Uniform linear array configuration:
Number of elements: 32
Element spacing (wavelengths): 0.5
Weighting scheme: hann
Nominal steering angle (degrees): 0
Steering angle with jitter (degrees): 0.8765
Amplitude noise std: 0.05
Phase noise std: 0.05

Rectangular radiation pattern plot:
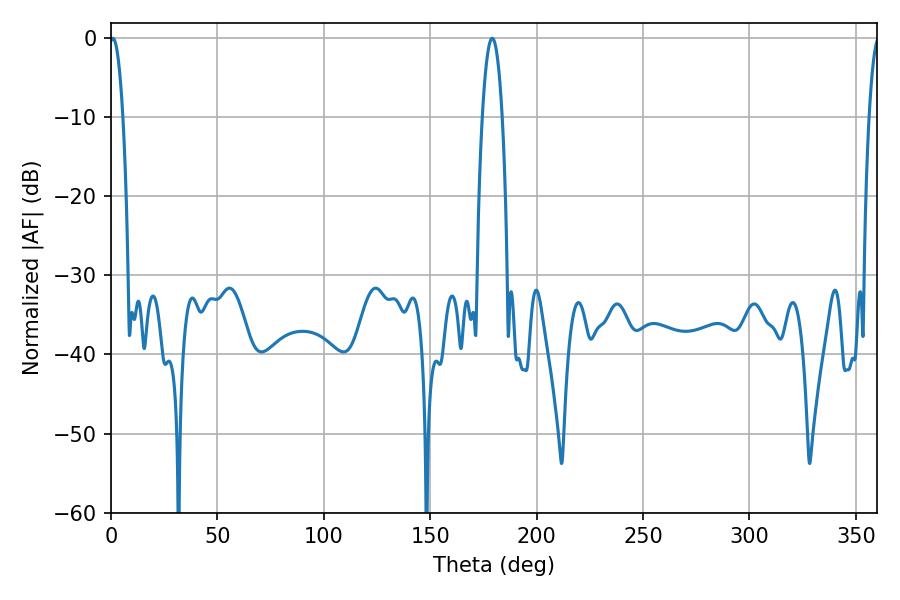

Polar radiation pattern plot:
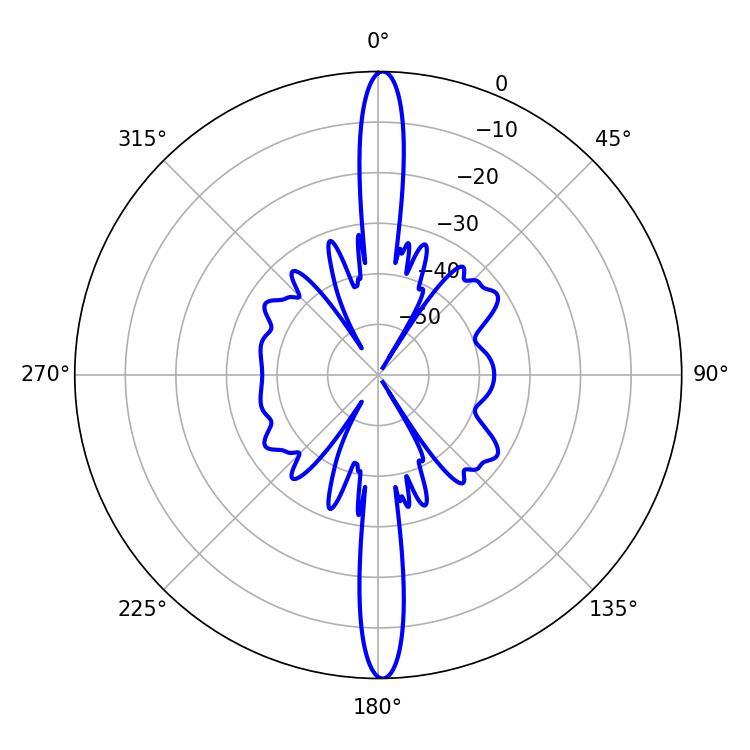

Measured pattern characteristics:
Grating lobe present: FALSE
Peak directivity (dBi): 28.154
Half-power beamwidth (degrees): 3.42
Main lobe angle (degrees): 0.9